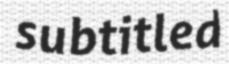
subtitled